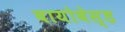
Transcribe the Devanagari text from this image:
बायोबेस्ड